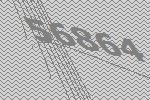
56864